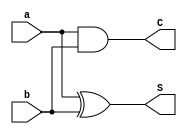
module ha(
	input a,
	input b,
	output S,
	output C
);
	assign S=a^b;
	assign C=a&b;
endmodule